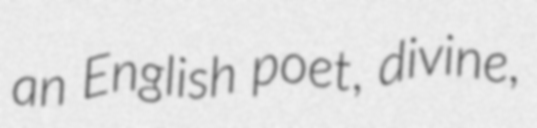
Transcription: an English poet, divine,